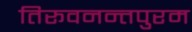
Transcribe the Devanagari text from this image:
तिरूवनन्तपुरम